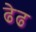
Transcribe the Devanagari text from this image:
ढेढ